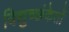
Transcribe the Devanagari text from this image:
विद्युच्छंकेतों